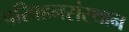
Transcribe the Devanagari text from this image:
परिवहनसंस्थान